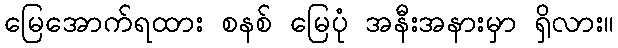
မြေအောက်ရထား စနစ် မြေပုံ အနီးအနားမှာ ရှိလား။